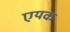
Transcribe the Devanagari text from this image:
एयक